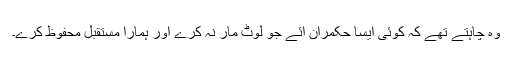
وہ چاہتے تھے کہ کوئی ایسا حکمران آئے جو لوٹ مار نہ کرے اور ہمارا مستقبل محفوظ کرے۔